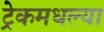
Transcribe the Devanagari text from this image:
ट्रेकमधल्या